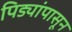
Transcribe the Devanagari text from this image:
पिड्यांपासून